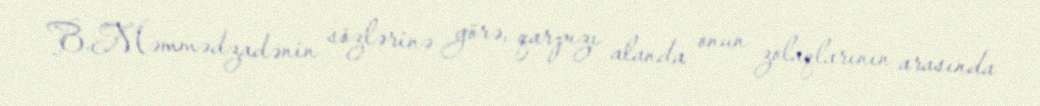
B.Məmmədzadənin sözlərinə görə, qarpızı alanda onun zolaqlarının arasında